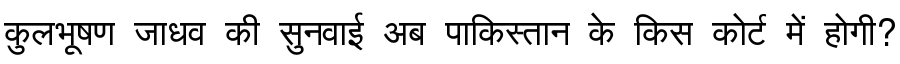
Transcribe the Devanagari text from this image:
कुलभूषण जाधव की सुनवाई अब पाकिस्तान के किस कोर्ट में होगी?